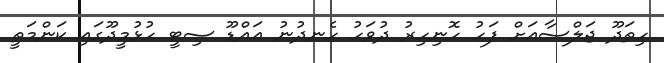
ހިތަދޫ ޖަލްސާއަށް ފަހު ހޮނިހިރު ދުވަހު ހެނދުނު އައްޑޫ ސިޓީ ހުޅުމީދޫގައި ކަންމަތީ